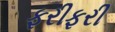
ફરીફરી